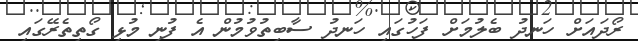
ރޯދައަށް ހަނދު ބެލުމަށް ފަހުގައި ހަނދު ސާބިތުވުމުން އެ ފުނި މުޅި ގޯތިތެރޭގައި